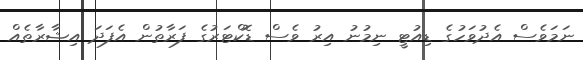
ނަމަވެސް އެދުވަހުގެ ޑިއުޓީ ނިމުނު އިރު ވެސް ޑޮކްޓަރުގެ ފަރާތުން އެފަދަ އިޝާރާތެއް